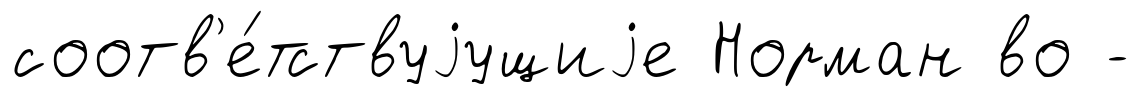
соотв'е́тствуjущиjе Норман во -